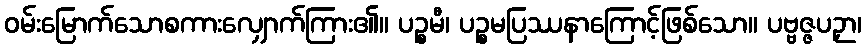
ဝမ်းမြောက်သောစကားလျှောက်ကြား၏။ ပဉ္စမီ၊ ပဉ္စမပြဿနာကြောင့်ဖြစ်သော။ ပဗ္ဗဇ္ဇပဉှာ၊